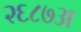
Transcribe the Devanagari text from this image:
२६८७अ